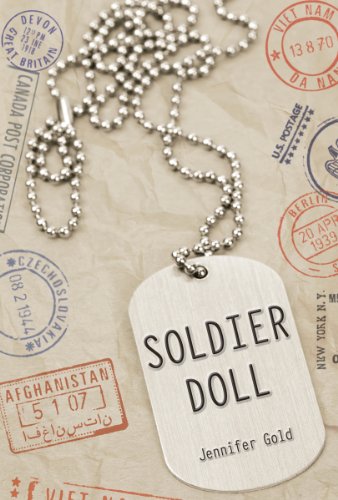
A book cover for Soldier Doll; Jennifer Gold; Teen & Young Adult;